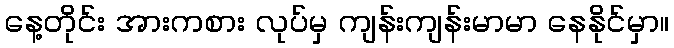
နေ့တိုင်း အားကစား လုပ်မှ ကျန်းကျန်းမာမာ နေနိုင်မှာ။